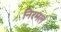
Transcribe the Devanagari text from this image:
निरमल